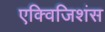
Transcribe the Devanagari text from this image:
एक्विजिशंस